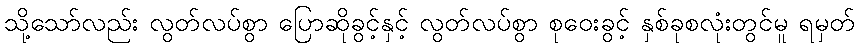
သို့သော်လည်း လွတ်လပ်စွာ ပြောဆိုခွင့်နှင့် လွတ်လပ်စွာ စုဝေးခွင့် နှစ်ခုစလုံးတွင်မူ ရမှတ်